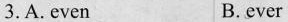
3.A. Even B. ever